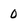
Character: 0